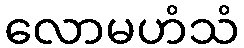
လောမဟံသံ